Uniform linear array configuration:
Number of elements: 16
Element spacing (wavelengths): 0.75
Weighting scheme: hamming
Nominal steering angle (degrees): -60
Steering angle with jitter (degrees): -60.68
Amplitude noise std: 0.05
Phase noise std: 0.05

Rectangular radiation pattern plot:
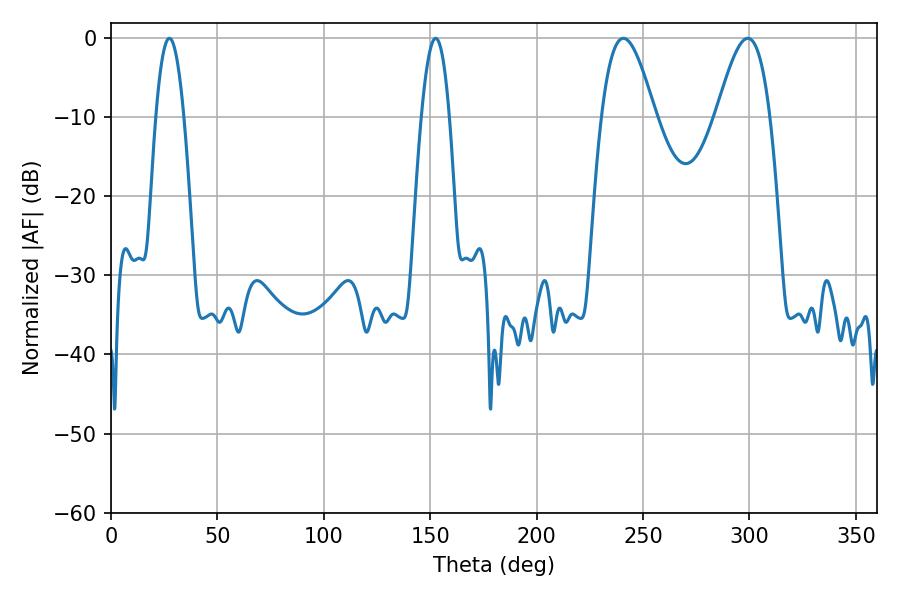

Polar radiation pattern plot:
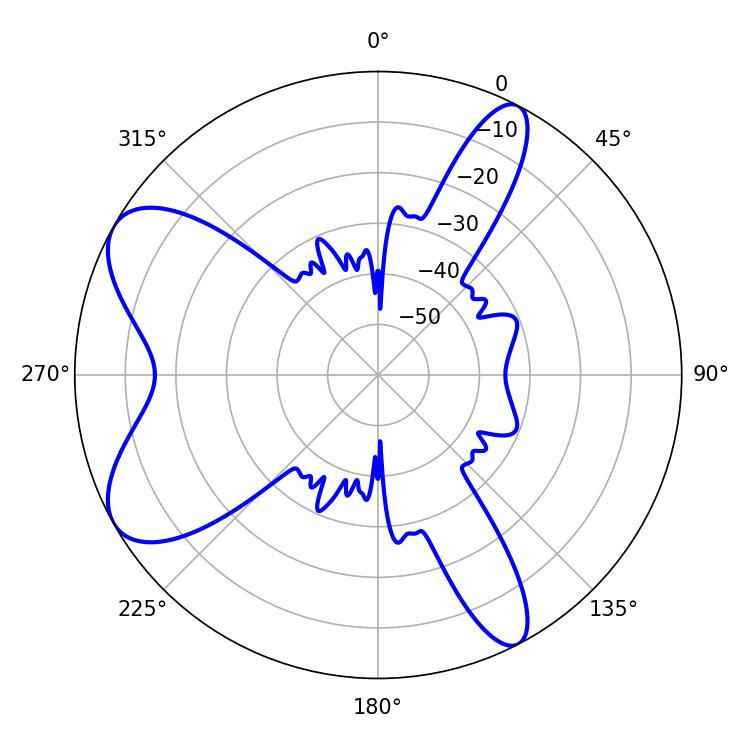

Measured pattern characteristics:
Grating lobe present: TRUE
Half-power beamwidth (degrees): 13.5
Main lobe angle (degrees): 240.84